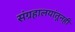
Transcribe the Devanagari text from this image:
संग्रहालयांतूनही